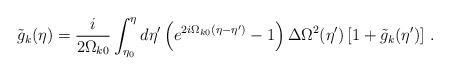
LaTeX: \begin{align*}\tilde{g}_k(\eta)=\frac{i}{2\Omega_{k0}}\int_{\eta_0}^{\eta}d\eta'\left(e^{2i\Omega_{k0}(\eta-\eta')}-1\right)\Delta\Omega^2(\eta')\left[1+\tilde{g}_k(\eta')\right]\, .\end{align*}